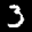
Label: 3